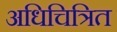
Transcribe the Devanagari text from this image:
अधिचित्रित